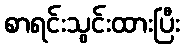
စာရင်းသွင်းထားပြီး